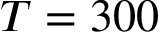
T = 3 0 0